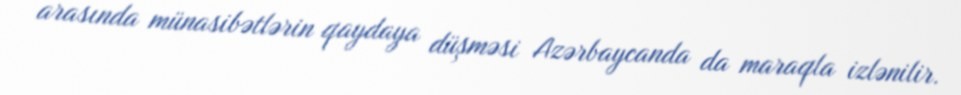
arasında münasibətlərin qaydaya düşməsi Azərbaycanda da maraqla izlənilir.